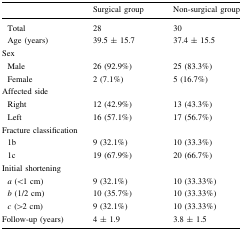
|  | Surgical group | Non-surgical group |
 | --- | --- | --- |
 | Total | 28 | 30 |
 | Age (years) | 39.5 ± 15.7 | 37.4 ± 15.5 |
 | <COLSPAN=3> Sex |
 | Male | 26 (92.9%) | 25 (83.3%) |
 | Female | 2 (7.1%) | 5 (16.7%) |
 | <COLSPAN=3> Affected side |
 | Right | 12 (42.9%) | 13 (43.3%) |
 | Left | 16 (57.1%) | 17 (56.7%) |
 | <COLSPAN=3> Fracture classification |
 | 1b | 9 (32.1%) | 10 (33.3%) |
 | 1c | 19 (67.9%) | 20 (66.7%) |
 | <COLSPAN=3> Initial shortening |
 | a (<1 cm) | 9 (32.1%) | 10 (33.33%) |
 | b (1/2 cm) | 10 (35.7%) | 10 (33.33%) |
 | c (>2 cm) | 9 (32.1%) | 10 (33.33%) |
 | Follow-up (years) | 4 ± 1.9 | 3.8 ± 1.5 |